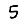
Digit: 5